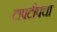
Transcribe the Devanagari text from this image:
टापटीपचा